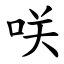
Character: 咲